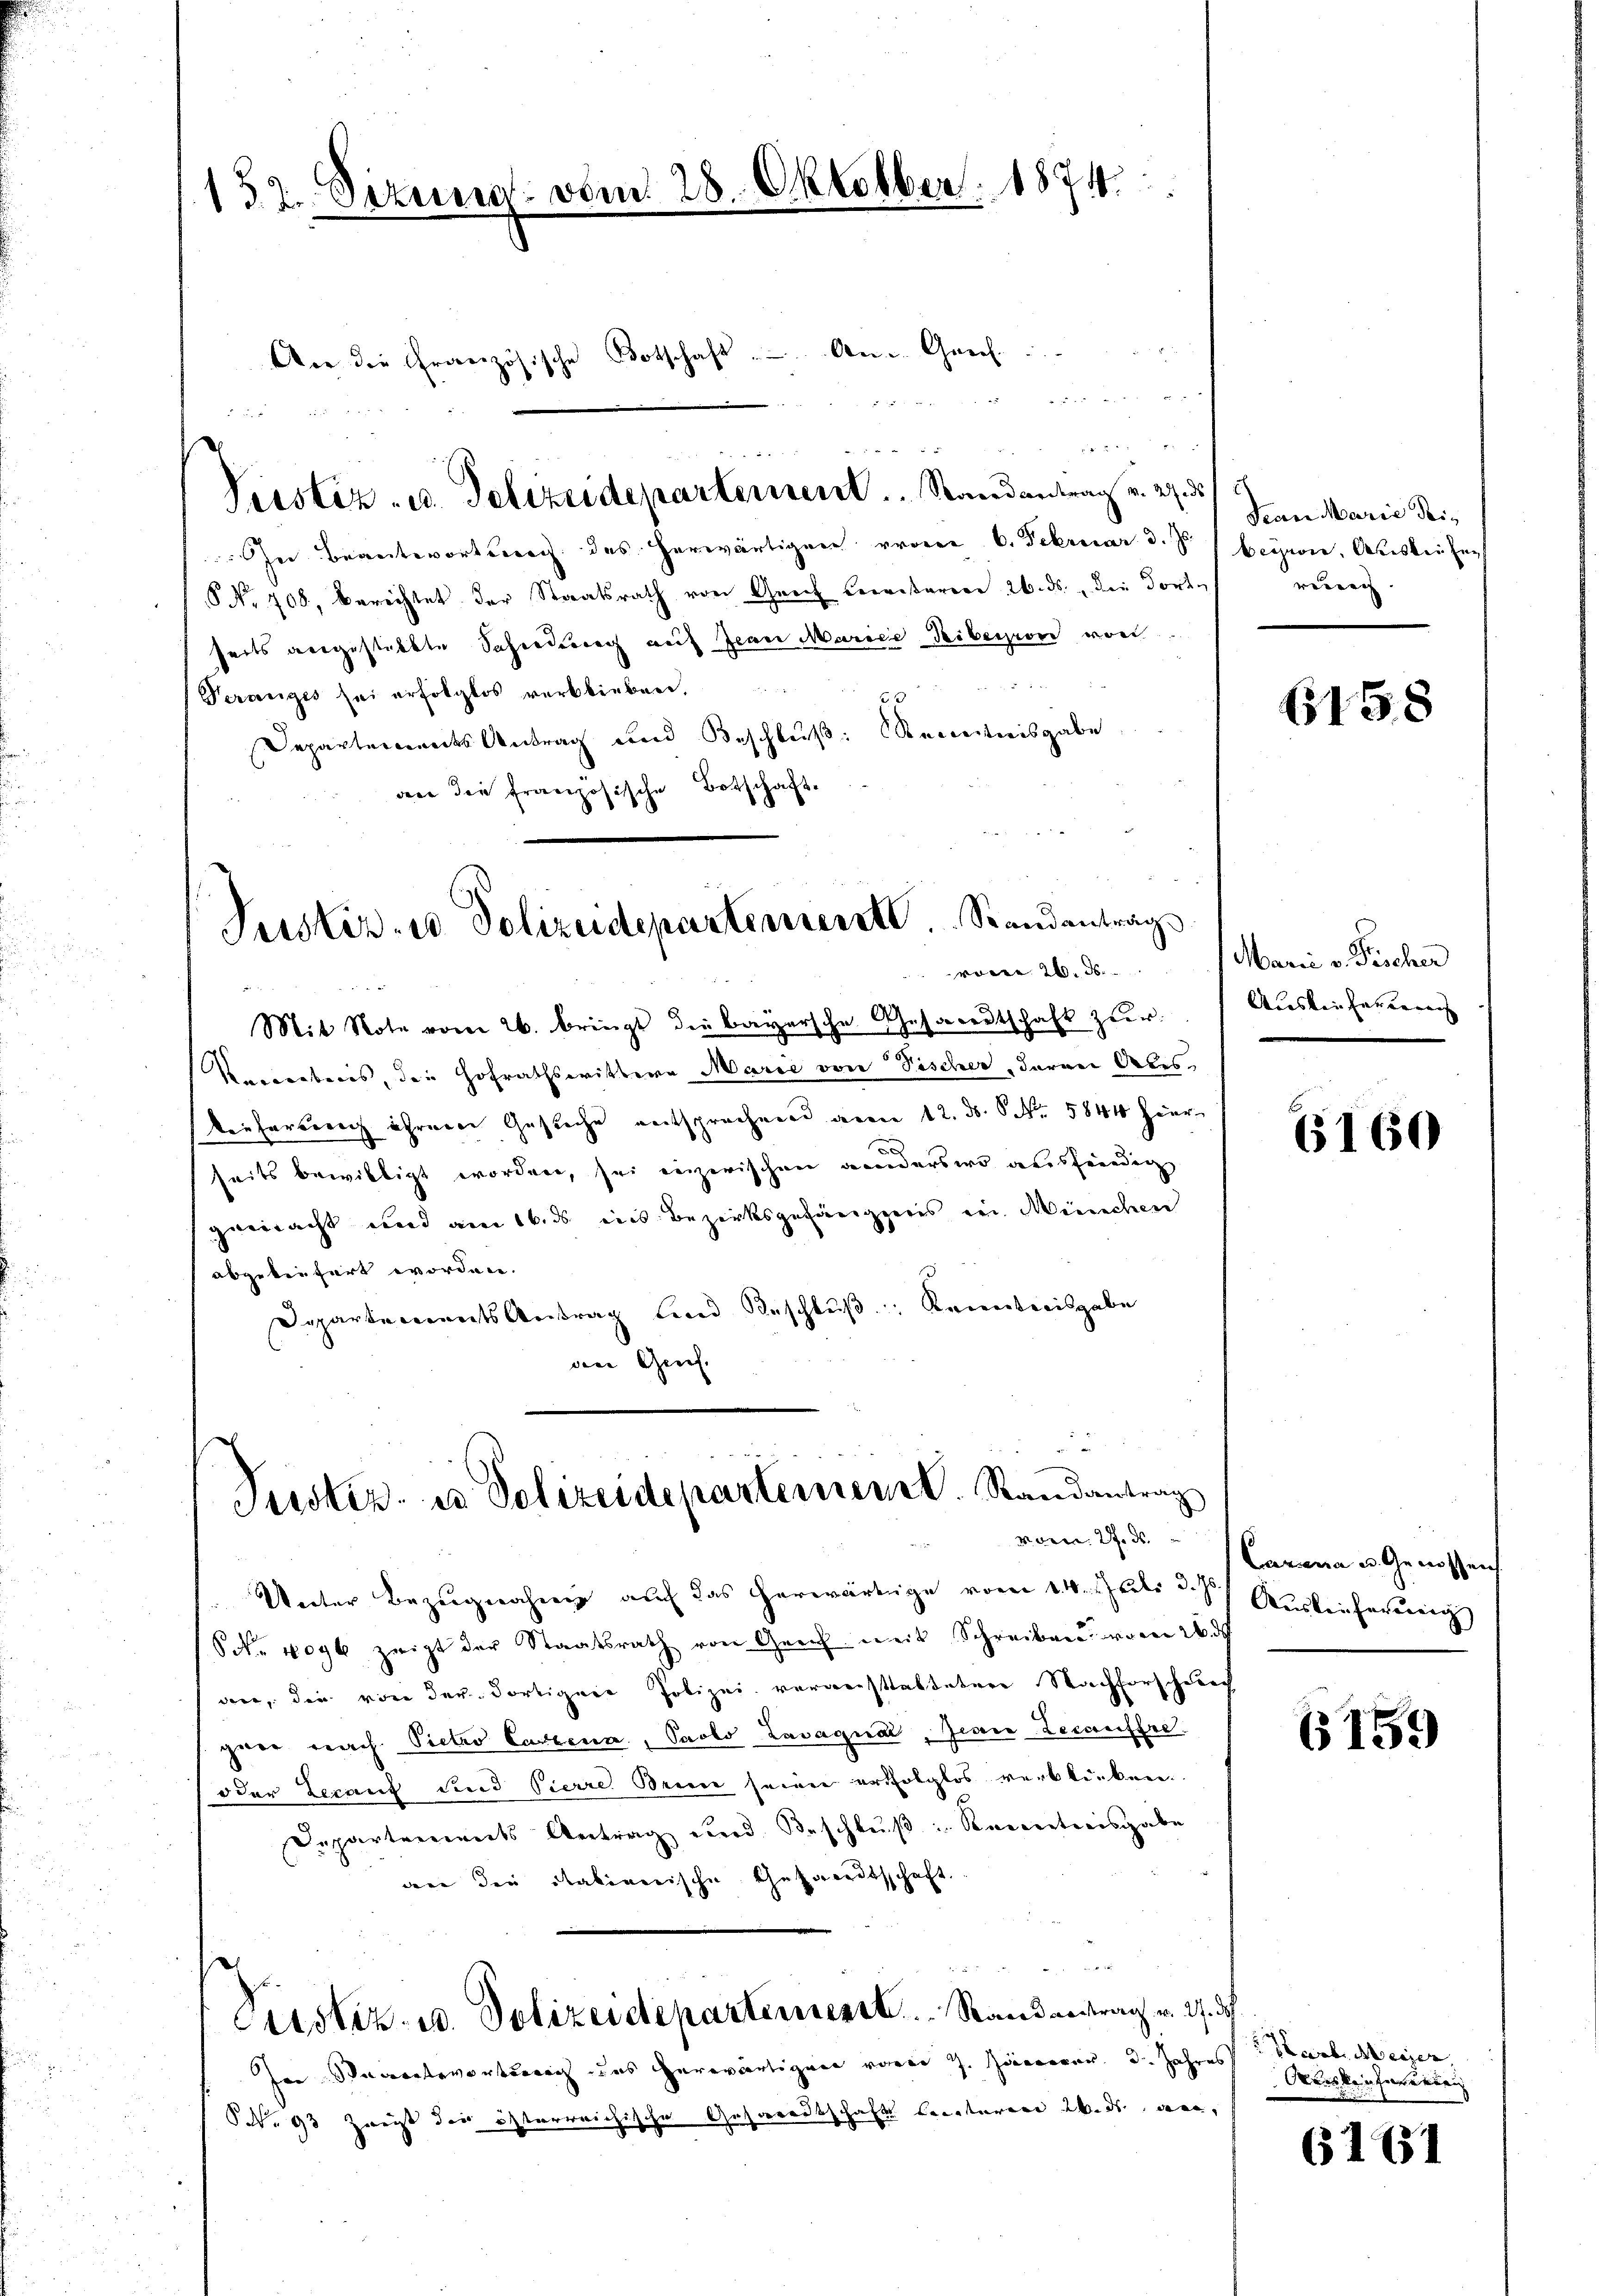
152. Sizung vom 28. Oktobber. 1874.

24 x

Ohne Beantwortsnach des herwärtigen voren 6. Februar d. J. Beysin, Abesken sagt
No 708, berechtet der Staatsrath von Greif bereitarrer 26. ds., die dort reuig.
seits ausgesteckte Sachendung auf Jean Marice Tibersion von
Veranges sei erfolglos verblieben.
63
Departements Antrag und Beschluß: Renntnisgabe
dn die französische Botschaft.

An die Französische Botschaft. - An Genf.  ..  ..

Peistiz- u. Polizeidepartement.  ..  Randantrag v. 29 des

Justiz- u Polizeidepartenieret. Standantrags
vom 26. d.

Justiz- u Polizeidepartement. Randantrag
vom 27. d.

Mit Note vom 26. bringt die bayersche Gesandtschaft zur
Verwerbens, die Hofrathswittere Marie von Fischer, daran Ales,
diefereich ihrerer Gesuche entsprochend am 12. ds. No. 5844 hier
seits bewilligt worden, sei einzerischen Landerswo ausfriedig
gemacht und am 16. ds ins Bezirksgehängers ein Minischen
abgeliefert worden.
Departements Antrag sind Beschluß: Kenntnisgabe
die Genf.

Jean Marie dei-

Unter Bezugnahme auf das herwärtige vom 14. Juli d. J.) Auslieferung
S. 4096 zeigt der Staatsrath von Greif weit Schreiben den 2. d
den, die von der dortiger Polizei veranstatteten Nachforschlec
paar prach. Pietro Cartena, Paolo Lavagual, JeanZecauffre
oder Gerauf und Pierre Brin seien erfolglos verblicken.
Departements Antrag und Beschluß: Reintreisgabe
dn den Stationische Gesandtschaft.
n
Piesliz- u. Polizeidepartement . . . Randantrag v. 27. d.
earterortsch des herwärtigen vom 7. Jäner 3. Jahres Herb. Meier
N. 93 Zweit der österreichische Gesandtschaft beraturen 26. ds. an,

6158

Marie v. Fischer
Auskonferieren

6160

Carena u. Genossens

(159

Ortreten Interinn

6161